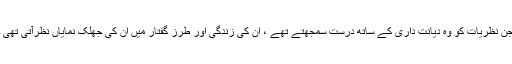
جن نظریات کو وہ دیانت داری کے ساتھ درست سمجھتے تھے ، ان کی زندگی اور طرز گفتار میں ان کی جھلک نمایاں نظرآتی تھی ۔